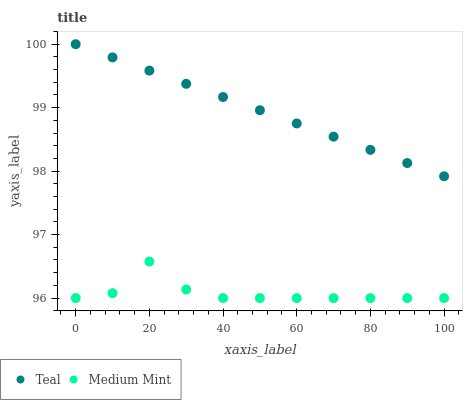
| xaxis_label | Teal | Medium Mint |
 | --- | --- | --- |
 | 0 | 100 | 96 |
 | 10 | 99.8 | 96.1 |
 | 20 | 99.6 | 96.6 |
 | 30 | 99.4 | 96.1 |
 | 40 | 99.2 | 96 |
 | 50 | 99 | 96 |
 | 60 | 98.8 | 96 |
 | 70 | 98.5 | 96 |
 | 80 | 98.3 | 96 |
 | 90 | 98.1 | 96 |
 | 100 | 97.9 | 96 |